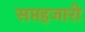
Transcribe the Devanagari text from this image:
सप्तहजारी